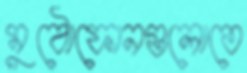
মুঠোফোনগুলোতে